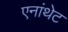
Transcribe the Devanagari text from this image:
एनांथेट